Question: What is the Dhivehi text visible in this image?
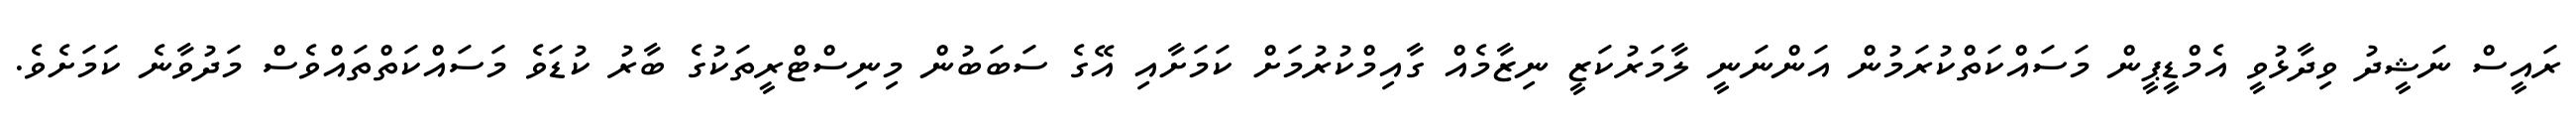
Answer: ރައީސް ނަޝީދު ވިދާޅުވީ އެމްޑީޕީން މަސައްކަތްކުރަމުން އަންނަނީ ލާމަރުކަޒީ ނިޒާމެއް ގާއިމްކުރުމަށް ކަމަށާއި އޭގެ ސަބަބުން މިނިސްޓްރީތަކުގެ ބާރު ކުޑަވެ މަސައްކަތްތައްވެސް މަދުވާނެ ކަމަށެވެ.